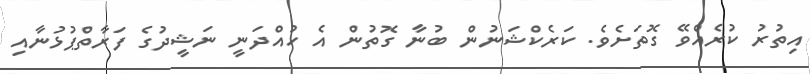
އިތުރު ކުރެއްވޭ ގޮތަށެވެ. ކަރެކްޝަނުން ބުނާ ގޮތުން އެ ހުއްދަނީ ނަޝީދުގެ ފަރާތްޕުޅުނާއި